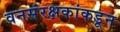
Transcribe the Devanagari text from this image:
वनसंरक्षकांकडून